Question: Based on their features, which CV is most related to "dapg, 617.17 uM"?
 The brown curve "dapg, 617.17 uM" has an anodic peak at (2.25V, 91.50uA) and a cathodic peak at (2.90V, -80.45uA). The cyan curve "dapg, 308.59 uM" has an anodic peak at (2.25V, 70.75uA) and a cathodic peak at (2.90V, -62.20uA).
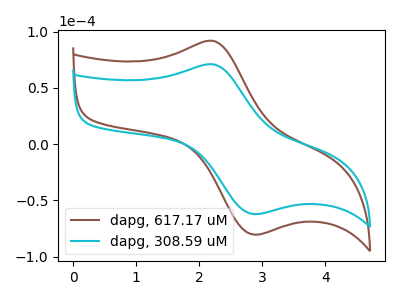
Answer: <think>All the peaks in "dapg, 617.17 uM" have a peak in "dapg, 308.59 uM" at the same potential. Every peak in "dapg, 617.17 uM" is higher than every peak in "dapg, 308.59 uM".
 </think>
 <answer>The CV with the most similar shape to "dapg, 308.59 uM" is "dapg, 617.17 uM".</answer>
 <eval>"dapg, 617.17 uM"</eval>